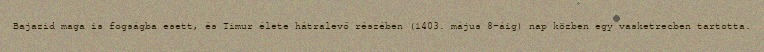
Bajazid maga is fogságba esett, és Timur élete hátralevő részében (1403. május 8-áig) nap közben egy vasketrecben tartotta.